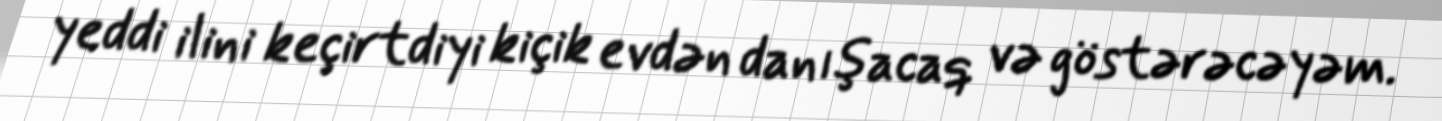
yeddi ilini keçirtdiyi kiçik evdən danışacaq və göstərəcəyəm.